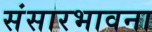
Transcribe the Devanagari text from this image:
संसारभावना